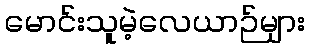
မောင်းသူမဲ့လေယာဉ်များ